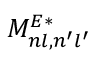
M _ { n l , n ^ { \prime } l ^ { \prime } } ^ { E * }